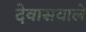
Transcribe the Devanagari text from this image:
देवासवाले